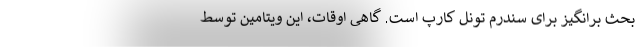
بحث برانگیز برای سندرم تونل کارپ است. گاهی اوقات، این ویتامین توسط